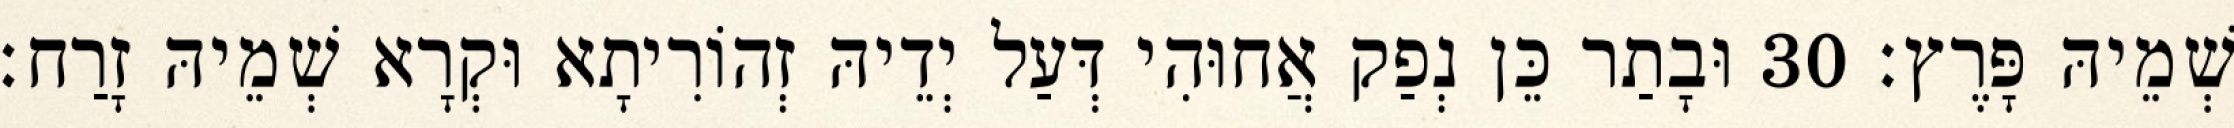
שְׁמֵיהּ פָּרֶץ׃ 30 וּבָתַר כֵּן נְפַק אֲחוּהִי דְּעַל יְדֵיהּ זְהוֹרִיתָא וּקְרָא שְׁמֵיהּ זָרַח׃